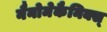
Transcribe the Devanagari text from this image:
नैनोमेकैनिक्स्